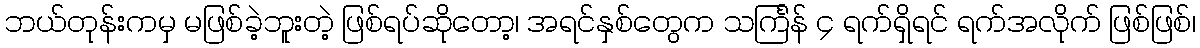
ဘယ်တုန်းကမှ မဖြစ်ခဲ့ဘူးတဲ့ ဖြစ်ရပ်ဆိုတော့၊ အရင်နှစ်တွေက သင်္ကြန် ၄ ရက်ရှိရင် ရက်အလိုက် ဖြစ်ဖြစ်၊